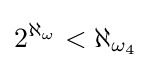
2^{\aleph _{\omega }}<\aleph _{\omega _{4}}